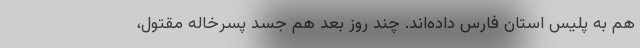
هم به پلیس استان فارس داده‌اند. چند روز بعد هم جسد پسرخاله مقتول،